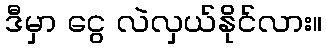
ဒီမှာ ငွေ လဲလှယ်နိုင်လား။